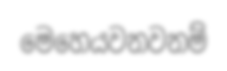
මෙහෙයවනවනම්